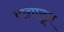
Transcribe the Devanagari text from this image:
वाद्यातून